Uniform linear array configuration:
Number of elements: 48
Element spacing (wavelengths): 1
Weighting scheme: kaiser
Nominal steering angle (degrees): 60
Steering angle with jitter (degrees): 58.831
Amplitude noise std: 0.05
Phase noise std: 0.05

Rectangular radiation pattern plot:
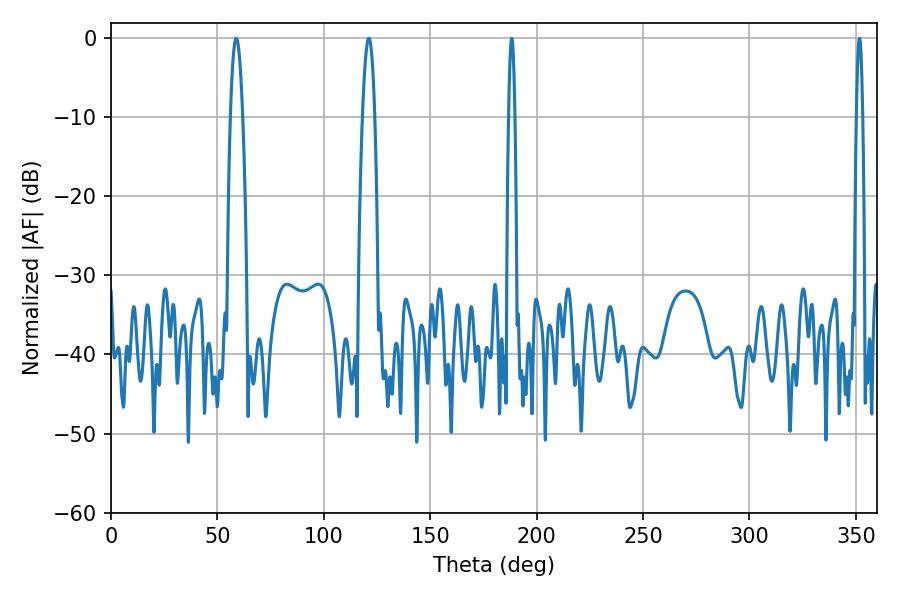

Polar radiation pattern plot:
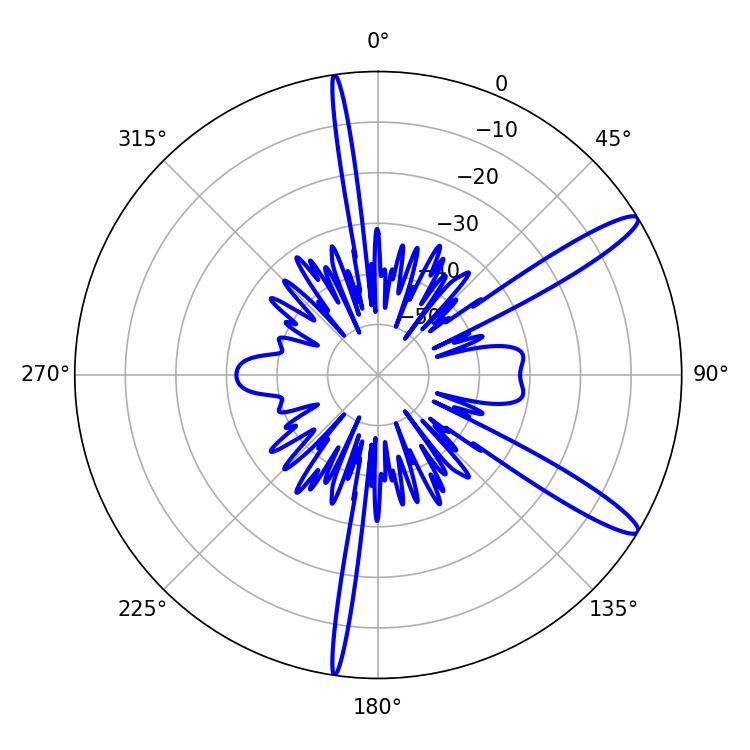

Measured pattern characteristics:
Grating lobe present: TRUE
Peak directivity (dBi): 13.255
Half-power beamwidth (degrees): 3.24
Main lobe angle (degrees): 58.86